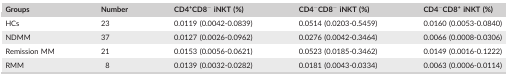
<table><thead><tr><td><b>Groups</b></td><td><b>Number</b></td><td><b>CD4<sup>+</sup>CD8<sup>−</sup> iNKT (%)</b></td><td><b>CD4<sup>−</sup>CD8<sup>−</sup> iNKT (%)</b></td><td><b>CD4<sup>−</sup>CD8<sup>+</sup> iNKT (%)</b></td></tr></thead><tbody><tr><td>HCs</td><td>23</td><td>0.0119 (0.0042‐0.0839)</td><td>0.0514 (0.0203‐0.5459)</td><td>0.0160 (0.0053‐0.0840)</td></tr><tr><td>NDMM</td><td>37</td><td>0.0127 (0.0026‐0.0962)</td><td>0.0276 (0.0042‐0.3464)</td><td>0.0066 (0.0008‐0.0306)</td></tr><tr><td>Remission MM</td><td>21</td><td>0.0153 (0.0056‐0.0621)</td><td>0.0523 (0.0185‐0.3462)</td><td>0.0149 (0.0016‐0.1222)</td></tr><tr><td>RMM</td><td>8</td><td>0.0139 (0.0032‐0.0282)</td><td>0.0181 (0.0043‐0.0334)</td><td>0.0063 (0.0006‐0.0114)</td></tr></tbody></table>